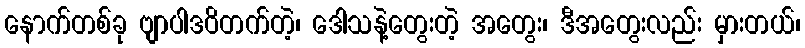
နောက်တစ်ခု ဗျာပါဒဝိတက်တဲ့၊ ဒေါသနဲ့တွေးတဲ့ အတွေး၊ ဒီအတွေးလည်း မှားတယ်၊